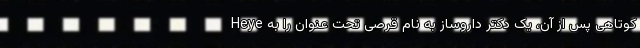
کوتاهی پس از آن، یک دکتر داروساز به نام قرصی تحت عنوان را به Heye